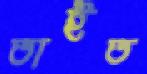
তাইত